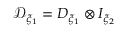
\mathcal { D } _ { \xi _ { 1 } } = D _ { \xi _ { 1 } } \otimes I _ { \xi _ { 2 } }